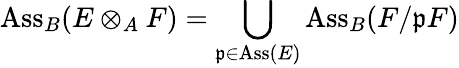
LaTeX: \operatorname{Ass}_{B}(E\otimes_{A}F)=\bigcup_{{\mathfrak{p}}\in\operatorname{Ass}(E)}\operatorname{Ass}_{B}(F/{\mathfrak{p}}F)